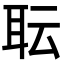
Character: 耺